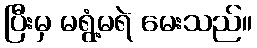
ပြီးမှ မရွံ့မရဲ မေးသည်။